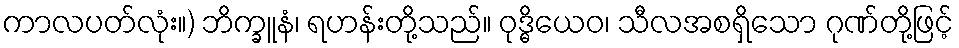
ကာလပတ်လုံး။) ဘိက္ခူနံ၊ ရဟန်းတို့သည်။ ဝုဒ္ဓိယေဝ၊ သီလအစရှိသော ဂုဏ်တို့ဖြင့်